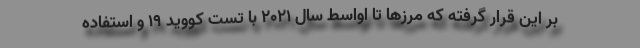
بر این قرار گرفته که مرزها تا اواسط سال ۲۰۲۱ با تست کووید ۱۹ و استفاده